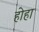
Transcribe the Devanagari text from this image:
होहा